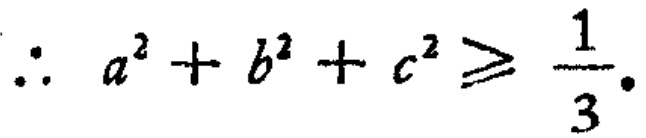
\(\therefore a^{2}+b^{2}+c^{2}\geq \frac{1}{3}.\)